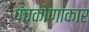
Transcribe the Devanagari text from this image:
पंचकोणाकार